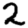
Digit: 2